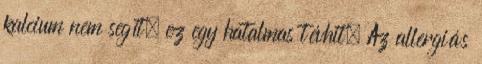
kalcium nem segít, ez egy hatalmas tévhit. Az allergiás